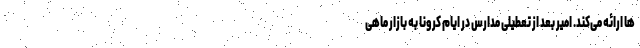
ها ارائه می‌کند. امیر بعد از تعطیلی مدارس در ایام کرونا به بازار ماهی